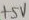
Text: +5V